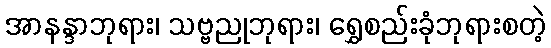
အာနန္ဒာဘုရား၊ သဗ္ဗညုဘုရား၊ ရွှေစည်းခုံဘုရားစတဲ့